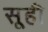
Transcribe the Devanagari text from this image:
सूही